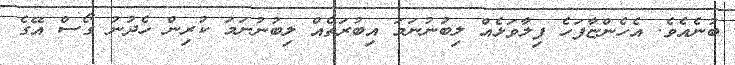
ބުނެއެވެ. އެހެންޏާފަހެ ފިލާވަޅެއް ލިބުނުނަމަ އިބުރަތެއް ލިބުނުނަމަ ކުރިން ހެދުނު ގޯސް އޭގެ